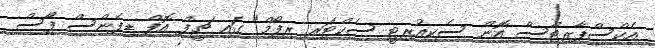
އެކްސްޕާރޓްސް އޮން ސެކިއުރިޓީ ސެކްޓަރ ރިފޯމް" ގައި ޗީފް އޮފް ޑިފެންސް ފޯސް